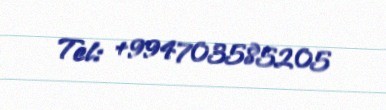
Tel: +994703585205